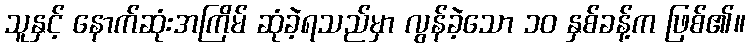
သူနှင့် နောက်ဆုံးအကြိမ် ဆုံခဲ့ရသည်မှာ လွန်ခဲ့သော ၁၀ နှစ်ခန့်က ဖြစ်၏။